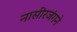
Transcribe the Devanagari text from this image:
नासीरजंगने